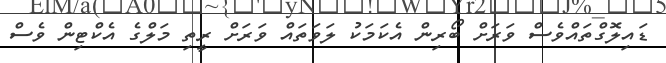
ޑައިލޮގްތައްވެސް ވަރަށް ބޯރިން އެކަމަކު ލަވަތައް ވަރަށް ރީތި މަލްގެ އެކްޓިން ވެސް